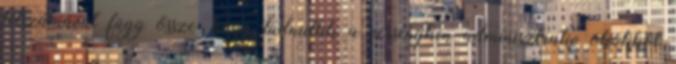
létszámával függ össze, hogy tudniillik a versenyben adminisztratív okokból